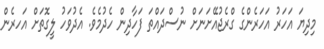
މިދިޔަ އަހަރު އަހަރެންގެ ގްރެޖުއޭށަނަށް ނުސްދައްތަ ފަހާދިން ހެދުމެވެ. އެދުވަހު ލީގޮތަށް އަހރެން